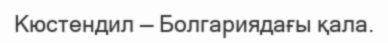
Кюстендил — Болгариядағы қала.